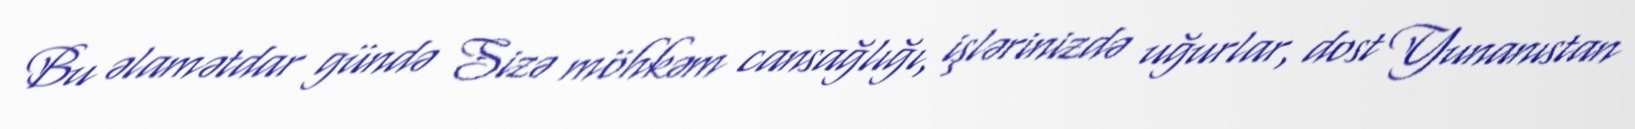
Bu əlamətdar gündə Sizə möhkəm cansağlığı, işlərinizdə uğurlar, dost Yunanıstan